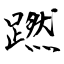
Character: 蹨